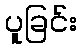
ပူခြင်း